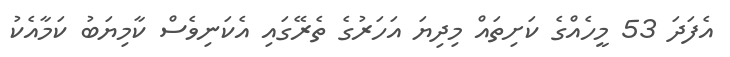
އެފަދަ 53 މީހެއްގެ ކަށިތައް މިދިޔަ އަހަރުގެ ތެރޭގައި އެކަނިވެސް ކާމިޔަބު ކަމާއެކު